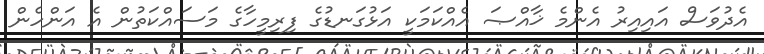
އެދުވަސް އައިއިރު އެންމެ ޚާއްޞަ އެއްކަމަކީ އަޅުގަނޑުގެ ފިރިމީހާގެ މަސައްކަތުން އެ އަންހެން